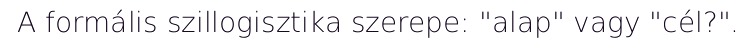
A formális szillogisztika szerepe: "alap" vagy "cél?".